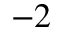
^ { - 2 }